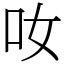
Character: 𠯆